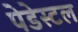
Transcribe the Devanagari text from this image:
पेडेस्टल